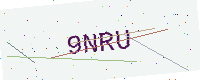
Text: 9NRU